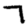
Digit: 7